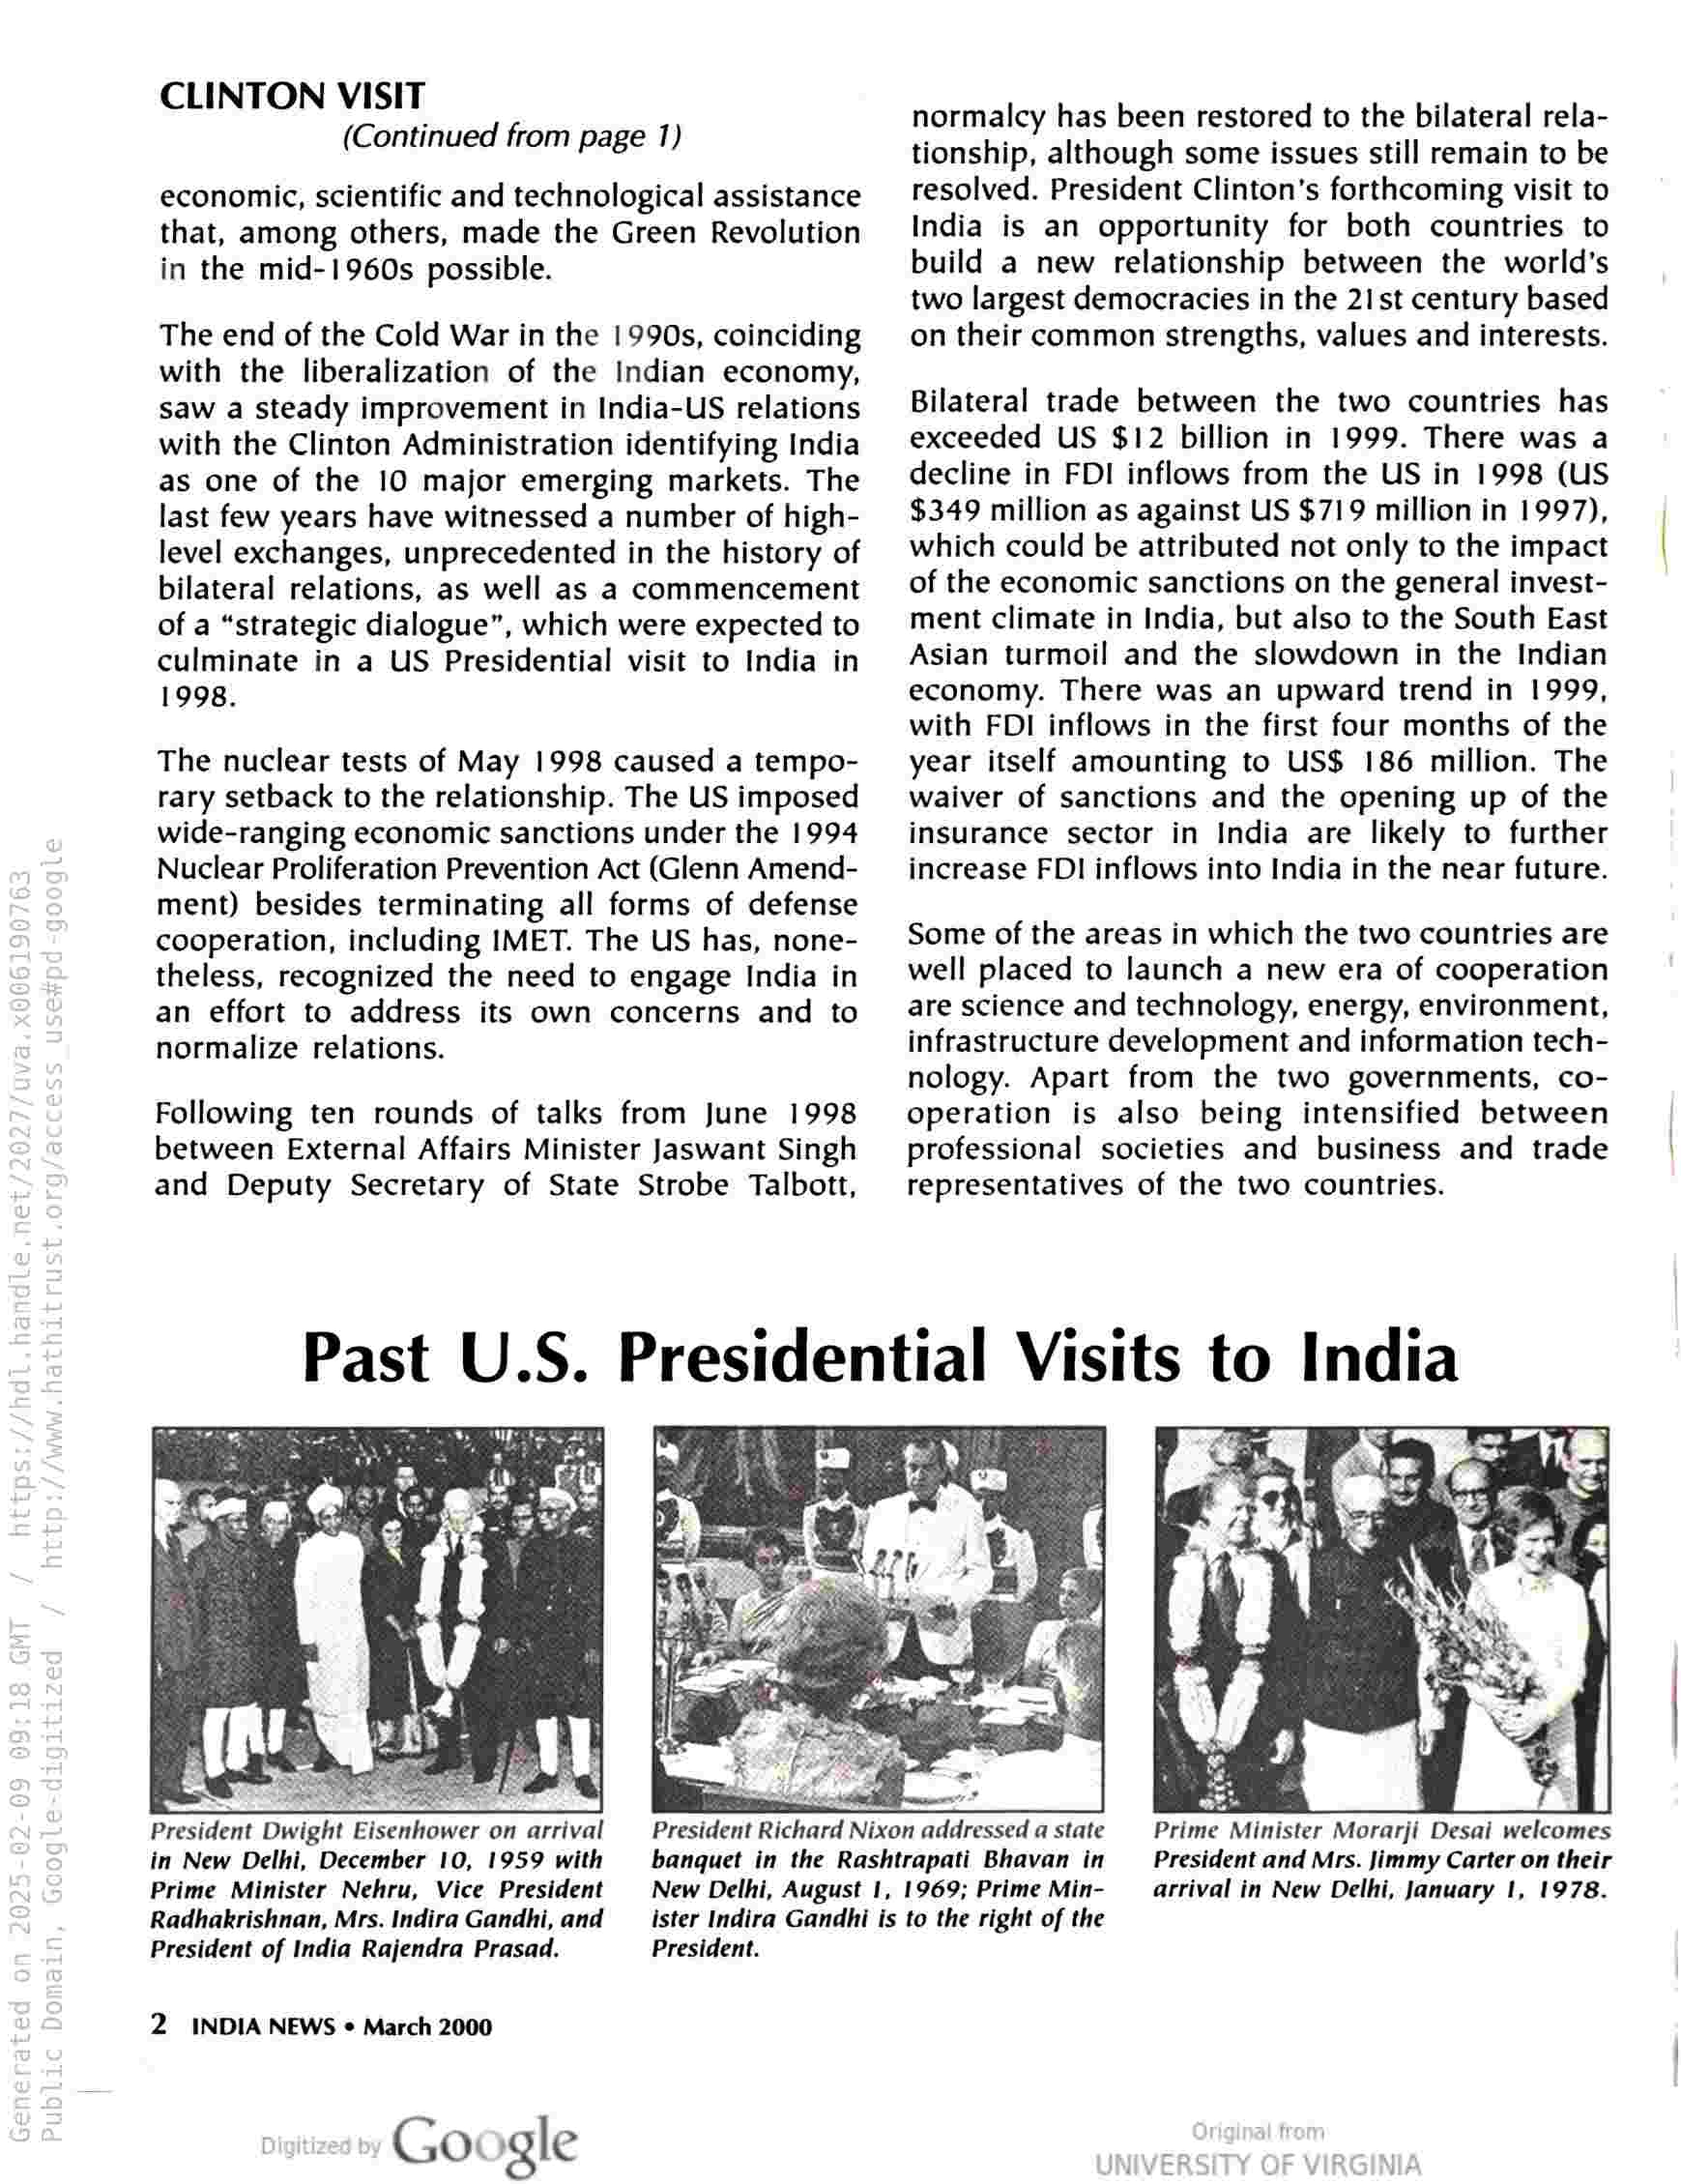
CLINTON VISIT
(Continued from page 1)

economic, scientific and technological assistance
that, among others, made the Green Revolution
in the mid-1960s possible.

The end of the Cold War in the 1990s, coinciding
with the liberalization of the Indian economy,
saw a steady improvement in India-US relations
with the Clinton Administration identifying India
as one of the 10 major emerging markets. The
last few years have witnessed a number of high-
level exchanges, unprecedented in the history of
bilateral relations, as well as a commencement
of a “strategic dialogue”, which were expected to
culminate in a US Presidential visit to India in
1998.

The nuclear tests of May 1998 caused a tempo-
rary setback to the relationship. The US imposed
wide-ranging economic sanctions under the 1994
Nuclear Proliferation Prevention Act (Glenn Amend-
ment) besides terminating all forms of defense
cooperation, including IMET. The US has, none-
theless, recognized the need to engage India in
an effort to address its own concerns and to
normalize relations.

Following ten rounds of talks from June 1998
between External Affairs Minister Jaswant Singh
and Deputy Secretary of State Strobe Talbott,

normalcy has been restored to the bilateral rela-
tionship, although some issues still remain to be
resolved. President Clinton's forthcoming visit to
India is an opportunity for both countries to
build a new relationship between the world’s
two largest democracies in the 21st century based
on their common strengths, values and interests.

Bilateral trade between the two countries has
exceeded US $12 billion in 1999. There was a
decline in FDI inflows from the US in 1998 (US
$349 million as against US $719 million in 1997),
which could be attributed not only to the impact
of the economic sanctions on the general invest-
ment climate in India, but also to the South East
Asian turmoil and the slowdown in the Indian
economy. There was an upward trend in 1999,
with FDI inflows in the first four months of the
year itself amounting to US$ 186 million. The
waiver of sanctions and the opening up of the
insurance sector in India are likely to further
increase FDI inflows into India in the near future.

Some of the areas in which the two countries are
well placed to launch a new era of cooperation
are science and technology, energy, environment,
infrastructure development and information tech-
nology. Apart from the two governments, co-
operation is also being intensified between
professional societies and business and trade
representatives of the two countries.

Past U.S. Presidential Visits to India

isenhower on arrival
in New Delhi, December 10, 1959 with
Prime Minister Nehru, Vice President
Radhakrishnan, Mrs. Indira Gandhi, and
President of India Rajendra Prasad.

President Dwight

2 INDIA NEWS « March 2000

Google

President Richard Nixon addressed a state
banquet in the Rashtrapati Bhavan in
New Delhi, August 1, 1969; Prime Min-
ister Indira Gandhi is to the right of the
President.

Prime Minister Morarji Desai welcomes
President and Mrs. Jimmy Carter on their
arrival in New Delhi, January 1, 1978.